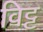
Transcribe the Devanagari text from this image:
विट्ट